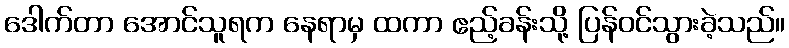
ဒေါက်တာ အောင်သူရက နေရာမှ ထကာ ဧည့်ခန်းသို့ ပြန်ဝင်သွားခဲ့သည်။